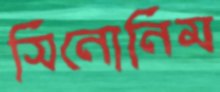
সিনোনিম